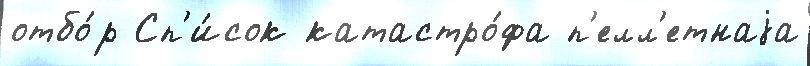
отбо́р Сп'и́сок катастро́фа п'елл'етнаjа